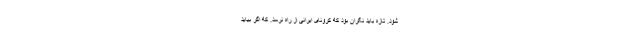
شود. تازه باید نگران بود که کرونای ایرانی از راه نرسد. که اگر بیاید